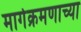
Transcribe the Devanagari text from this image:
मार्गक्रमणाच्या